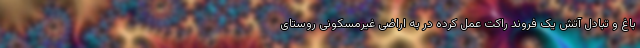
باغ و تبادل آتش یک فروند راکت عمل کرده در به اراضی غیرمسکونی روستای